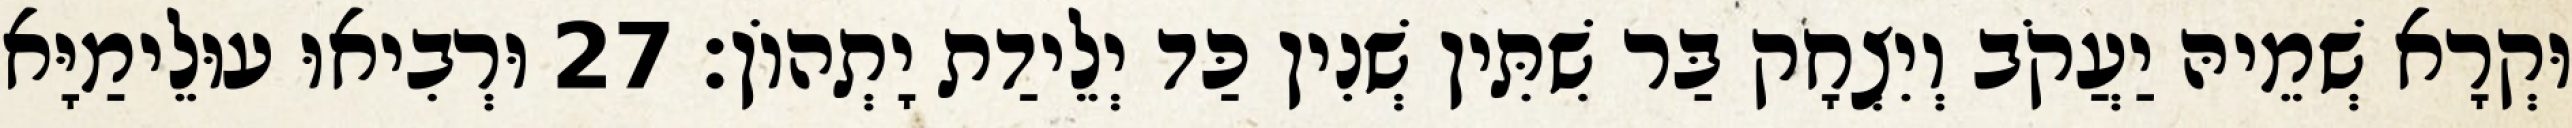
וּקְרָא שְׁמֵיהּ יַעֲקֹב וְיִצְחָק בַּר שִׁתִּין שְׁנִין כַּד יְלֵידַת יָתְהוֹן׃ 27 וּרְבִיאוּ עוּלֵימַיָּא